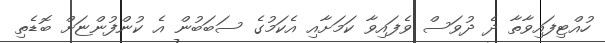
ހުއްޓިފައިވާތާ ދެ ދުވަސް ވެފައިވާ ކަމަށާއި އެކަމުގެ ސަބަބުން އެ ކުންފުންޏަށް ބޮޑެތި